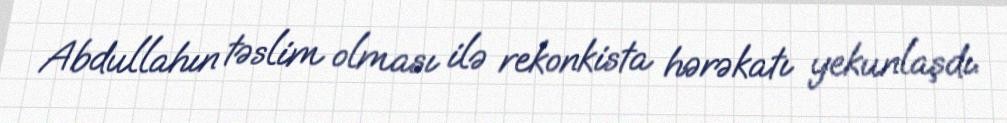
Abdullahın təslim olması ilə rekonkista hərəkatı yekunlaşdı.